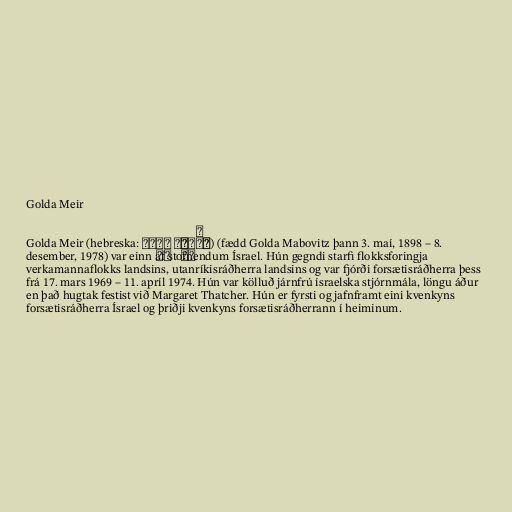
Golda Meir

Golda Meir (hebreska: גּוֹלְדָּה מֵאִיר) (fædd Golda Mabovitz þann 3. maí, 1898 – 8.
desember, 1978) var einn af stofnendum Ísrael. Hún gegndi starfi flokksforingja
verkamannaflokks landsins, utanríkisráðherra landsins og var fjórði forsætisráðherra þess
frá 17. mars 1969 – 11. apríl 1974. Hún var kölluð járnfrú ísraelska stjórnmála, löngu áður
en það hugtak festist við Margaret Thatcher. Hún er fyrsti og jafnframt eini kvenkyns
forsætisráðherra Ísrael og þriðji kvenkyns forsætisráðherrann í heiminum.